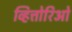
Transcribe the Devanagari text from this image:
व्हित्तोरिओ